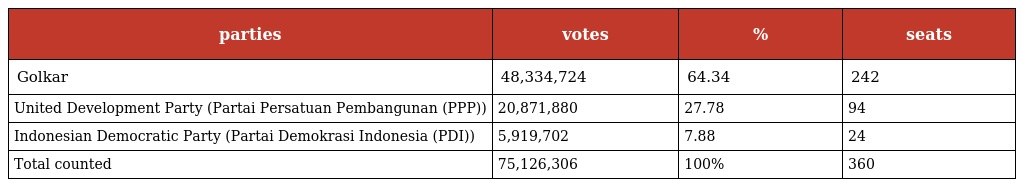
| parties | votes | % | seats |
 | --- | --- | --- | --- |
 | Golkar | 48,334,724 | 64.34 | 242 |
 | United Development Party (Partai Persatuan Pembangunan (PPP)) | 20,871,880 | 27.78 | 94 |
 | Indonesian Democratic Party (Partai Demokrasi Indonesia (PDI)) | 5,919,702 | 7.88 | 24 |
 | Total counted | 75,126,306 | 100% | 360 |